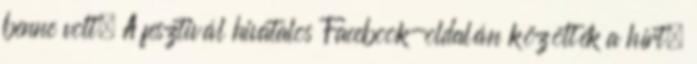
benne volt. A fesztivál hivatalos Facebook-oldalán közölték a hírt.